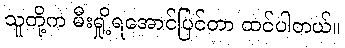
သူတို့က မီးရှို့ရအောင်ပြင်တာ ထင်ပါတယ်။